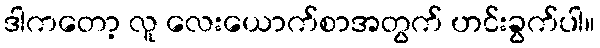
ဒါကတော့ လူ လေးယောက်စာအတွက် ဟင်းခွက်ပါ။